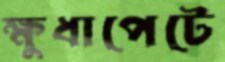
ক্ষুধাপেটে